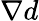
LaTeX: \nabla d